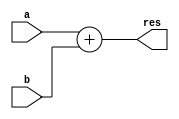
module adder16bits_full (a, b, res);

// Inputs
input 	[15: 0]	a;
input 	[15: 0]	b;

// Outputs
output 	[15: 0]	res;

// Registers
reg		[15: 0]	res;

// Parameters
always@(*)
begin
	res = a+b;
end

endmodule